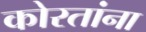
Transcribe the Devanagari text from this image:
कोरतांना